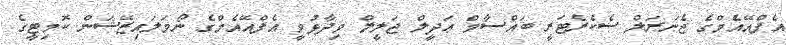
އެފްއޭއެމްގެ ޖެނަރަލް ސެކެރެޓަރީ ބައްސާމް ޢަދީލް ޖަލީލް ވިދާޅުވީ އެފްއޭއެމްގެ ނޯމަލައިޒޭޝަން ކޮމިޓީގެ